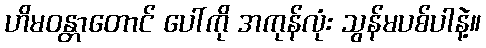
ဟိမဝန္တာတောင် ပေါ်ကို အကုန်လုံး သွန်မပစ်ပါနဲ့။